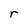
Character: r